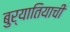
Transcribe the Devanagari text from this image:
बुर्यातियाची